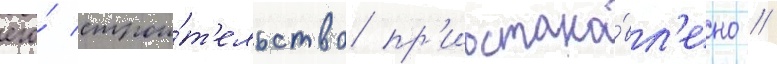
его́ строи́т'ельство пр'иостано́вл'ено //